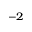
^ { - 2 }